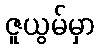
ဇူယွမ်မှာ